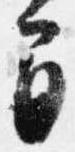
間